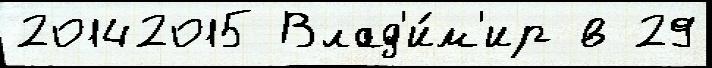
20142015 Влад'и́м'ир в 29